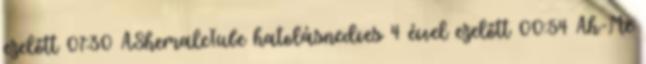
ezelőtt 07:30 AShemaleTube hatolásnedves 4 évvel ezelőtt 00:54 Ah-Me